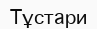
Тұстари